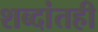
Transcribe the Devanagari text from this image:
शब्दांतही